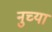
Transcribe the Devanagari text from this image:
नुच्या